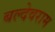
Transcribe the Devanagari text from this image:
बल्देवराम